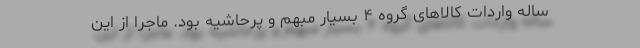
ساله واردات کالاهای گروه ۴ بسیار مبهم و پرحاشیه بود. ماجرا از این